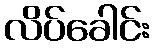
လိပ်ခေါင်း